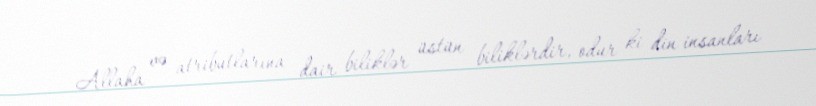
Allaha və atributlarına dair biliklər üstün biliklərdir, odur ki din insanları